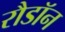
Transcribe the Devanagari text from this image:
रौडॉन